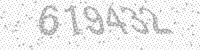
Solution: 619432